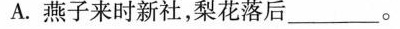
A.燕子来时新社，梨花落后______。